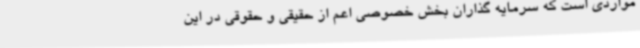
مواردی است که سرمایه گذاران بخش خصوصی اعم از حقیقی و حقوقی در این